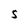
Character: S